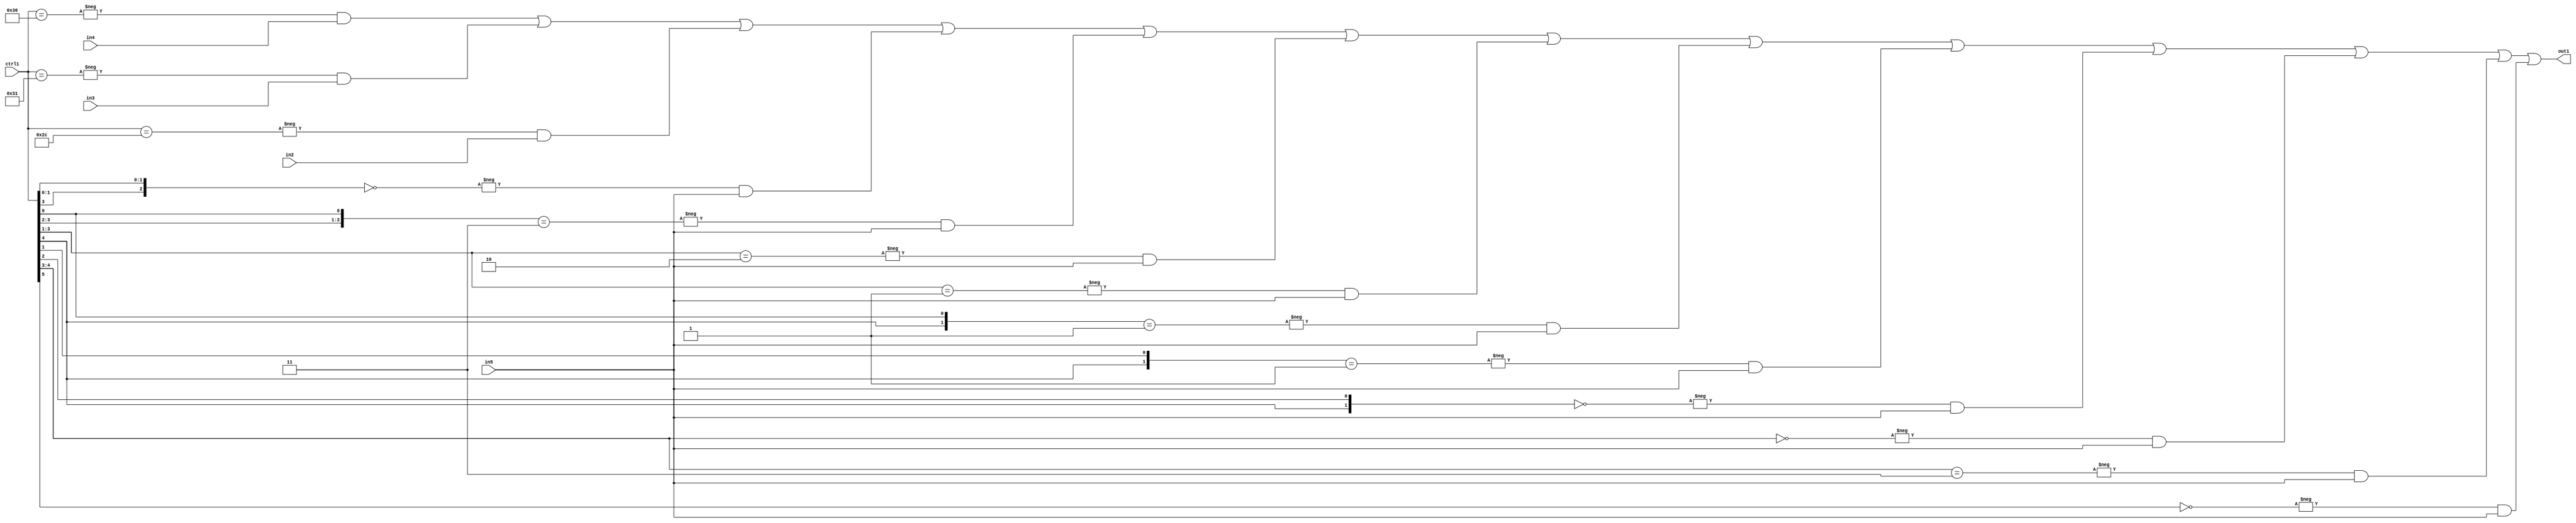
`timescale 1ps / 1ps
/*****************************************************************************
    Verilog RTL Description
    
    
    Created by: Stratus DpOpt 21.05.01 
*******************************************************************************/

module SobelFilter_N_Mux_32_4_55_1 (
	in5,
	in4,
	in3,
	in2,
	ctrl1,
	out1
	); /* architecture "behavioural" */ 
input [31:0] in5;
input [8:0] in4,
	in3,
	in2;
input [5:0] ctrl1;
output [31:0] out1;
wire [31:0] asc001;

assign asc001 = 
	-{ctrl1 == 6'B110110} & in4 |
	-{ctrl1 == 6'B110001} & in3 |
	-{ctrl1 == 6'B101100} & in2 |
	-{{ctrl1[3], ctrl1[1:0]} == 3'B000} & in5 |
	-{{ctrl1[3:2], ctrl1[0]} == 3'B011} & in5 |
	-{ctrl1[3:1] == 3'B010} & in5 |
	-{ctrl1[3:1] == 3'B001} & in5 |
	-{{ctrl1[4], ctrl1[0]} == 2'B01} & in5 |
	-{{ctrl1[4], ctrl1[1]} == 2'B01} & in5 |
	-{{ctrl1[4], ctrl1[2]} == 2'B00} & in5 |
	-{ctrl1[4:3] == 2'B00} & in5 |
	-{ctrl1[4:3] == 2'B11} & in5 |
	-{ctrl1[5] == 1'B0} & in5 ;

assign out1 = asc001;
endmodule

/* CADENCE  vbn4Qwk= : u9/ySxbfrwZIxEzHVQQV8Q== ** DO NOT EDIT THIS LINE ******/